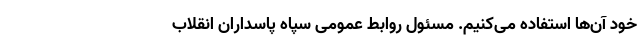
خود آن‌ها استفاده می‌کنیم. مسئول روابط عمومی سپاه پاسداران انقلاب